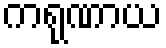
ကရုဏာယ